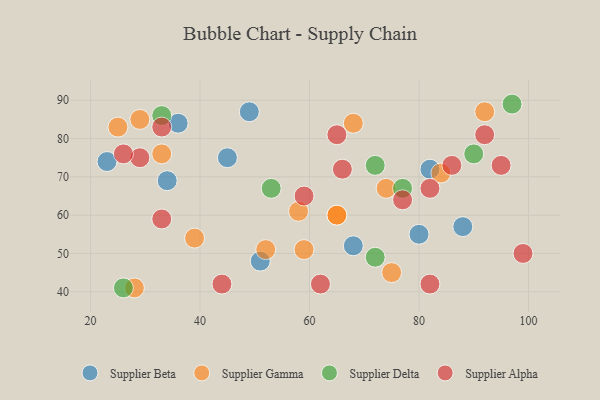
{"axis": {"x": "GDP", "y": "Life Expectancy"}, "legend": ["Supplier Alpha", "Supplier Beta", "Supplier Delta", "Supplier Gamma"], "data": [{"x": "51", "y": 48, "type": "Supplier Beta"}, {"x": "36", "y": 84, "type": "Supplier Beta"}, {"x": "80", "y": 55, "type": "Supplier Beta"}, {"x": "34", "y": 69, "type": "Supplier Beta"}, {"x": "68", "y": 52, "type": "Supplier Beta"}, {"x": "82", "y": 72, "type": "Supplier Beta"}, {"x": "45", "y": 75, "type": "Supplier Beta"}, {"x": "23", "y": 74, "type": "Supplier Beta"}, {"x": "88", "y": 57, "type": "Supplier Beta"}, {"x": "49", "y": 87, "type": "Supplier Beta"}, {"x": "28", "y": 41, "type": "Supplier Gamma"}, {"x": "33", "y": 76, "type": "Supplier Gamma"}, {"x": "52", "y": 51, "type": "Supplier Gamma"}, {"x": "65", "y": 60, "type": "Supplier Gamma"}, {"x": "74", "y": 67, "type": "Supplier Gamma"}, {"x": "29", "y": 85, "type": "Supplier Gamma"}, {"x": "75", "y": 45, "type": "Supplier Gamma"}, {"x": "58", "y": 61, "type": "Supplier Gamma"}, {"x": "39", "y": 54, "type": "Supplier Gamma"}, {"x": "65", "y": 60, "type": "Supplier Gamma"}, {"x": "59", "y": 51, "type": "Supplier Gamma"}, {"x": "25", "y": 83, "type": "Supplier Gamma"}, {"x": "84", "y": 71, "type": "Supplier Gamma"}, {"x": "68", "y": 84, "type": "Supplier Gamma"}, {"x": "92", "y": 87, "type": "Supplier Gamma"}, {"x": "33", "y": 86, "type": "Supplier Delta"}, {"x": "53", "y": 67, "type": "Supplier Delta"}, {"x": "90", "y": 76, "type": "Supplier Delta"}, {"x": "97", "y": 89, "type": "Supplier Delta"}, {"x": "72", "y": 49, "type": "Supplier Delta"}, {"x": "26", "y": 41, "type": "Supplier Delta"}, {"x": "72", "y": 73, "type": "Supplier Delta"}, {"x": "77", "y": 67, "type": "Supplier Delta"}, {"x": "29", "y": 75, "type": "Supplier Alpha"}, {"x": "65", "y": 81, "type": "Supplier Alpha"}, {"x": "26", "y": 76, "type": "Supplier Alpha"}, {"x": "99", "y": 50, "type": "Supplier Alpha"}, {"x": "92", "y": 81, "type": "Supplier Alpha"}, {"x": "33", "y": 83, "type": "Supplier Alpha"}, {"x": "77", "y": 64, "type": "Supplier Alpha"}, {"x": "86", "y": 73, "type": "Supplier Alpha"}, {"x": "82", "y": 42, "type": "Supplier Alpha"}, {"x": "59", "y": 65, "type": "Supplier Alpha"}, {"x": "44", "y": 42, "type": "Supplier Alpha"}, {"x": "82", "y": 67, "type": "Supplier Alpha"}, {"x": "62", "y": 42, "type": "Supplier Alpha"}, {"x": "66", "y": 72, "type": "Supplier Alpha"}, {"x": "95", "y": 73, "type": "Supplier Alpha"}, {"x": "33", "y": 59, "type": "Supplier Alpha"}]}